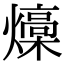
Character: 燺